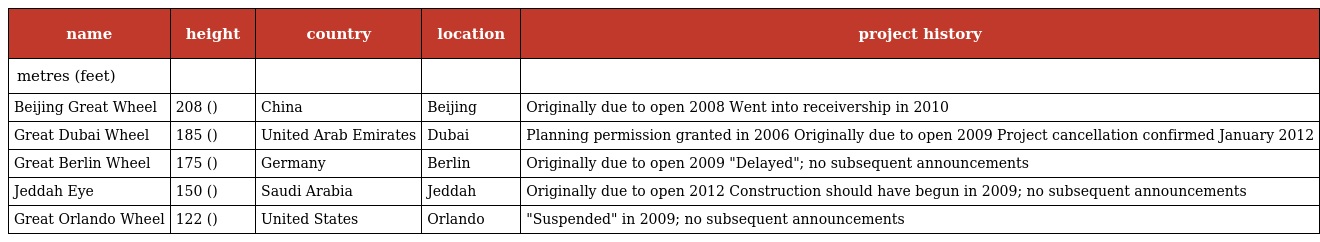
| name | height | country | location | project history |
 | --- | --- | --- | --- | --- |
 | metres (feet) |  |  |  |  |
 | Beijing Great Wheel | 208 () | China | Beijing | Originally due to open 2008 Went into receivership in 2010 |
 | Great Dubai Wheel | 185 () | United Arab Emirates | Dubai | Planning permission granted in 2006 Originally due to open 2009 Project cancellation confirmed January 2012 |
 | Great Berlin Wheel | 175 () | Germany | Berlin | Originally due to open 2009 "Delayed"; no subsequent announcements |
 | Jeddah Eye | 150 () | Saudi Arabia | Jeddah | Originally due to open 2012 Construction should have begun in 2009; no subsequent announcements |
 | Great Orlando Wheel | 122 () | United States | Orlando | "Suspended" in 2009; no subsequent announcements |